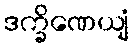
ဒက္ခိဏေယျံ